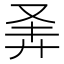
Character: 𪪴